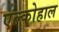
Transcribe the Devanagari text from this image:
एल्कोहाल